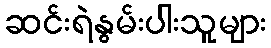
ဆင်းရဲနွမ်းပါးသူများ